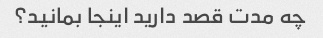
چه مدت قصد دارید اینجا بمانید؟